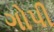
ગોપી